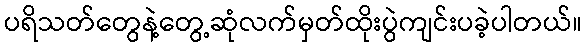
ပရိသတ်တွေနဲ့တွေ့ဆုံလက်မှတ်ထိုးပွဲကျင်းပခဲ့ပါတယ်။